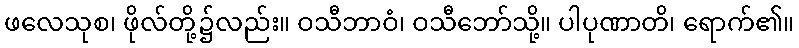
ဖလေသုစ၊ ဖိုလ်တို့၌လည်း။ ဝသီဘာဝံ၊ ဝသီဘော်သို့။ ပါပုဏာတိ၊ ရောက်၏။